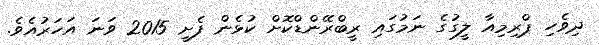
ދިވެހި ޕްރިމިއާ ލީގުގެ ނަމުގައި ރީބްރޭންޑްކޮށް ކުޅެން ފެށީ 2015 ވަނަ އަހަރުއެވެ.